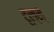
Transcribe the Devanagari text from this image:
टूल्स्